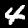
Label: 4